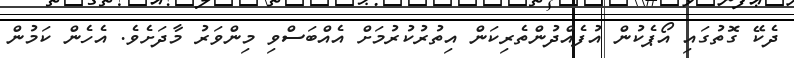
ދެކޭ ގޮތުގައި އޯޕެކުން އުފެއްދުންތެރިކަން އިތުރުކުރުމަށް އެއްބަސްވި މިންވަރު މާދަށެވެ. އެހެން ކަމުން